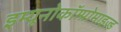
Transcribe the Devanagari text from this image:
इम्यूनोकॉम्प्रोमाइज़्ड